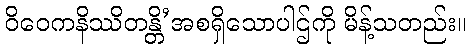
ဝိဝေကနိဿိတန္တိ’အစရှိသောပါဌ်ကို မိန့်သတည်း။